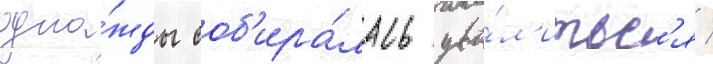
одна́жды соб'ира́лась уво́л'итьс'я /